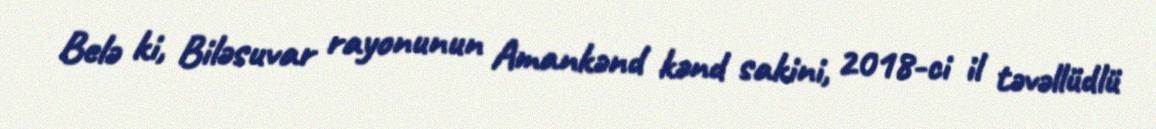
Belə ki, Biləsuvar rayonunun Amankənd kənd sakini, 2018-ci il təvəllüdlü